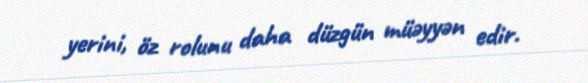
yerini, öz rolunu daha düzgün müəyyən edir.